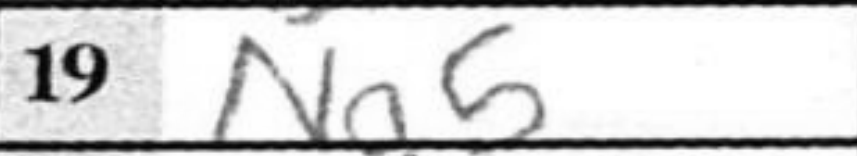
Transcription: Ng5